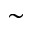
\sim